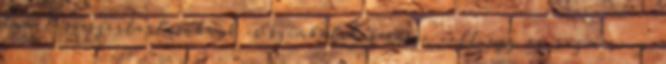
temetési szertartásoknak is szimbolikus része volt egy ág rozmaring,